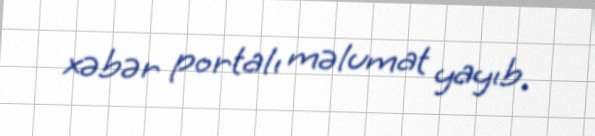
xəbər portalı məlumat yayıb.